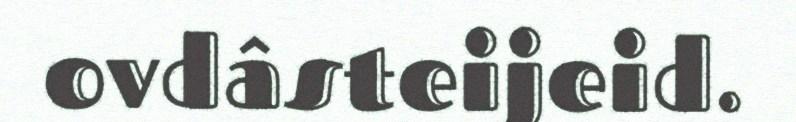
ovdâsteijeid.